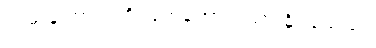
လမ်းကြောင်းကို ဖြတ်တောက်ထားနိုင်ခဲ့သည်။